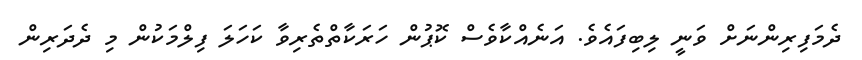
ދެމަފިރިންނަށް ވަނީ ލިބިފައެވެ. އަނެއްކާވެސް ކޮޕުން ހަރަކާތްތެރިވާ ކަހަލަ ފިލްމަކުން މި ދެދަރިން